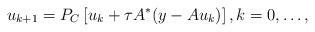
LaTeX: \begin{align*} u_{k+1} = P_C\left[u_k + \tau A^*(y-Au_k)\right],k=0,\dots,\end{align*}